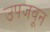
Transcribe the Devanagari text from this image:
उपजवून